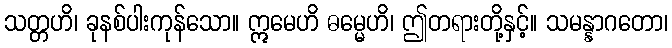
သတ္တဟိ၊ ခုနစ်ပါးကုန်သော။ ဣမေဟိ ဓမ္မေဟိ၊ ဤတရားတို့နှင့်။ သမန္နာဂတော၊